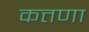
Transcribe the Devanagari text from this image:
कत्तणा